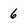
Character: 6